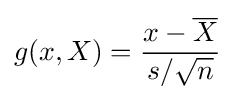
g(x,X)={\frac {x-{\overline {X}}}{s/{\sqrt {n}}}}